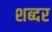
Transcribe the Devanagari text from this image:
शब्दर